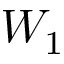
W _ { 1 }